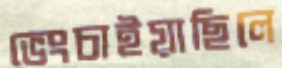
ভেংচাইয়াছিলে